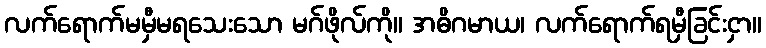
လက်ရောက်မမှီမရသေးသော မဂ်ဖိုလ်ကို။ အဓိဂမာယ၊ လက်ရောက်ရမှီခြင်းငှာ။